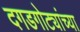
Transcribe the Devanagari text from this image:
दगडगोट्यांच्या